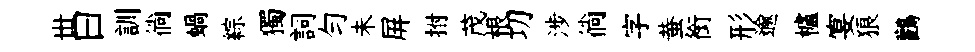
丗曰訓徜蝸綜獨詞勻未屏拊茂根㓛涉徜字蛬銜形逾櫨宴狼鸛